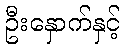
ဦးနှောက်နှင့်